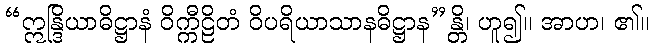
“ဣန္ဒြိယာဓိဋ္ဌာနံ ဝိက္ကီဠိတံ ဝိပရိယာသာနဓိဋ္ဌာန”န္တိ၊ ဟူ၍။ အာဟ၊ ၏။